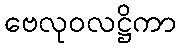
ဗေလုဝလဋ္ဌိကာ